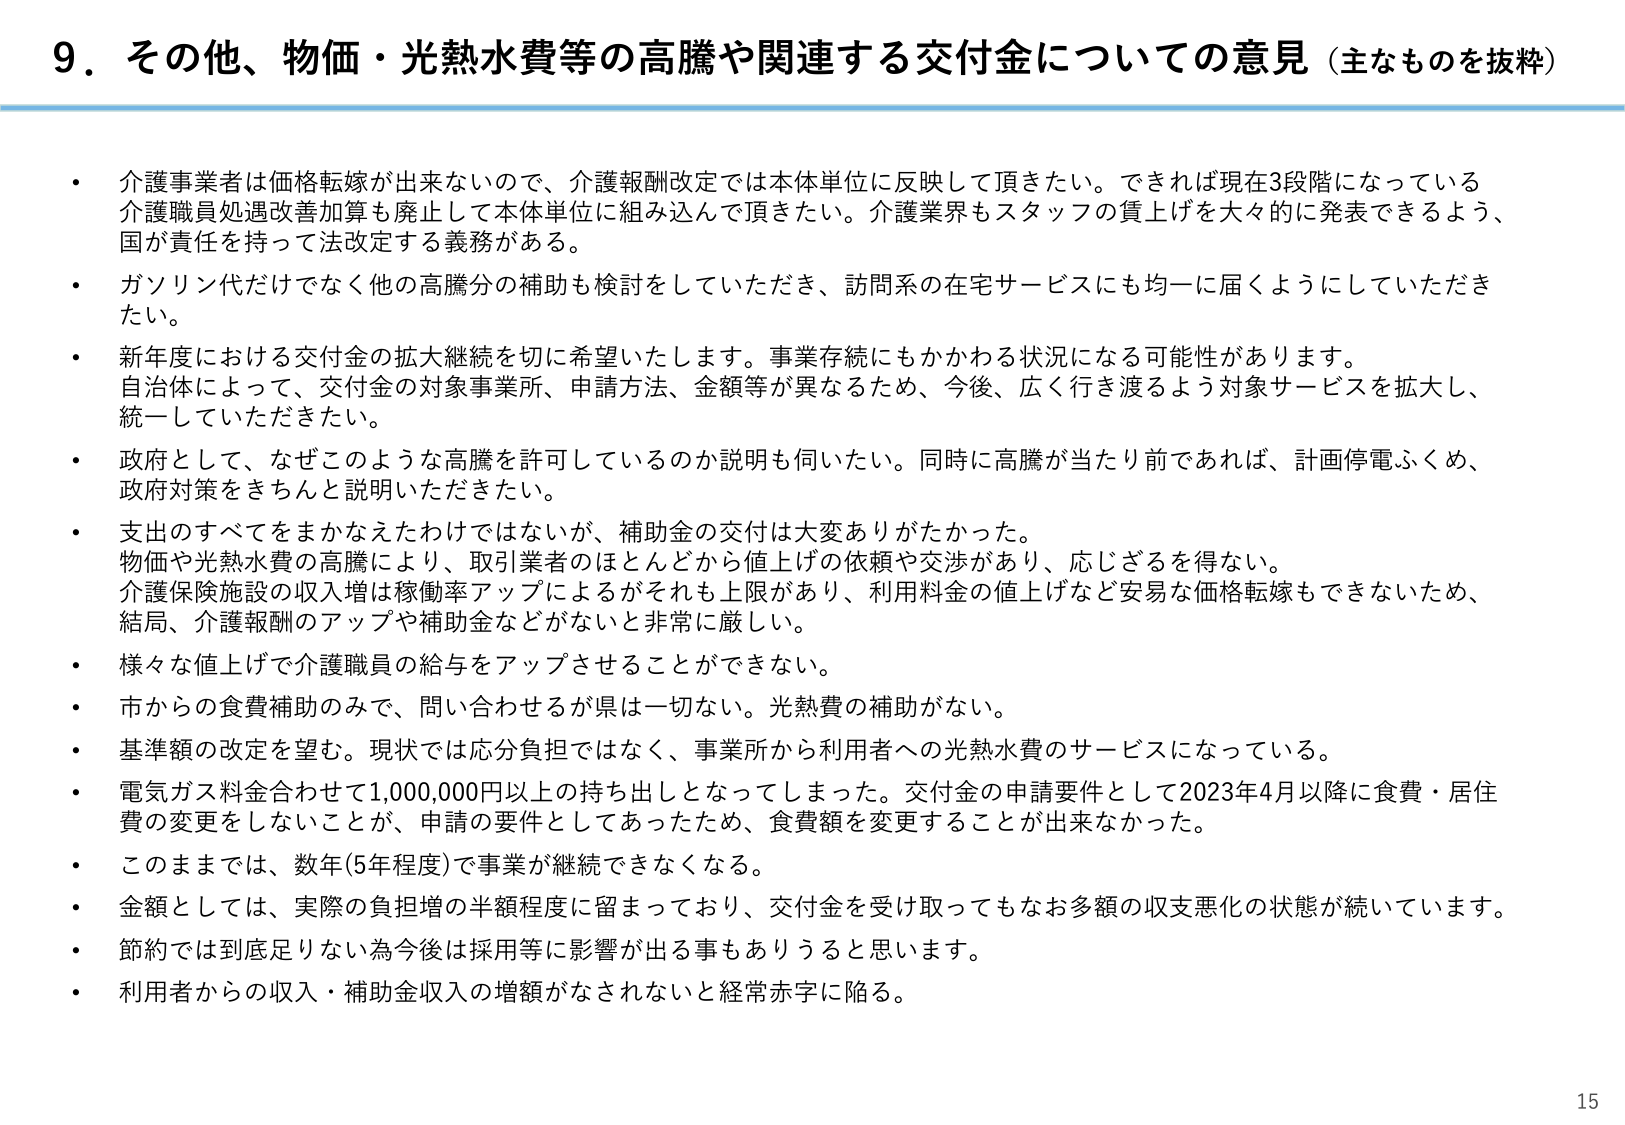
9．その他、物価・光熱水費等の高騰や関連する交付金についての意見（主なものを抜粋）

・介護事業者は価格転嫁が出来ないので、介護報酬改定では本体単位に反映して頂きたい。できれば現在3段階になっている介護職員処遇改善加算も廃止して本体単位に組み込んで頂きたい。介護業界もスタッフの賃上げを大々的に発表できるよう、国が責任を持って法改定する義務がある。

・ガソリン代だけでなく他の高騰分の補助も検討をしていただき、訪問系の在宅サービスにも均一に届くようにしていただきたい。

・新年度における交付金の拡大継続を切に希望いたします。事業存続にもかかわる状況になる可能性があります。自治体によって、交付金の対象事業所、申請方法、金額等が異なるため、今後、広く行き渡るよう対象サービスを拡大、統一していただきたい。

・政府として、なぜこのような高騰を許可しているのか説明も伺いたい。同時に高騰が当たり前であれば、計画停電ふくめ、政府対策をきちんと説明いただきたい。

・支出のすべてをまかなえたわけではないが、補助金の交付は大変ありがたかった。物価や光熱水費の高騰により、取引業者のほとんどから値上げの依頼や交渉があり、応じざるを得ない。介護保険施設の収入増は稼働率アップによるがそれも上限があり、利用料金の値上げなど安易な価格転嫁もできないため、結局、介護報酬のアップや補助金などがなく非常に厳しい。

・様々な値上げで介護職員の給与をアップさせることができない。

・市からの食費補助のみで、問い合わせるが県は一切ない。光熱費の補助がない。

・基準額の改定を望む。現状では応分負担ではなく、事業所から利用者への光熱水費のサービスになっている。

・電気ガス料金合わせて1,000,000円以上の持ち出しとなってしまった。交付金の申請要件として2023年4月以降に食費・居住費の変更をしないことが、申請の要件としてあったため、食費額を変更することが出来なかった。

・このままでは、数年（5年程度）で事業が継続できなくなる。

・金額としては、実際の負担増の半額程度に留まっており、交付金を受け取ってもなお多額の収支悪化の状態が続いています。

・節約では到底足りない為今後は採用等に影響が出る事もありうると思います。

・利用者からの収入・補助金収入の増額がなされないと経常赤字に陥る。

15